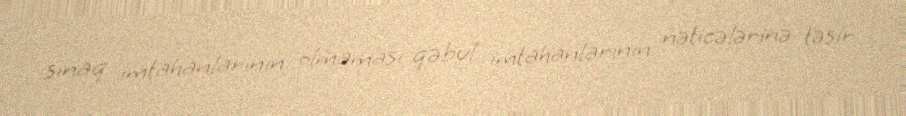
sınaq imtahanlarının olmaması qəbul imtahanlarının nəticələrinə təsir